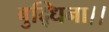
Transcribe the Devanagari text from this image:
बुद्धिना।।